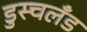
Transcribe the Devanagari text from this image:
डुस्चलँड